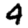
Digit: 4